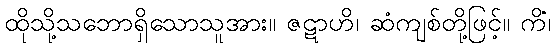
ထိုသို့သဘောရှိသောသူအား။ ဇဋာဟိ၊ ဆံကျစ်တို့ဖြင့်။ ကိံ၊